Civil Veterinary Dept. Bombay admin report 1907-1913 - 1907-1913
Year: 1907
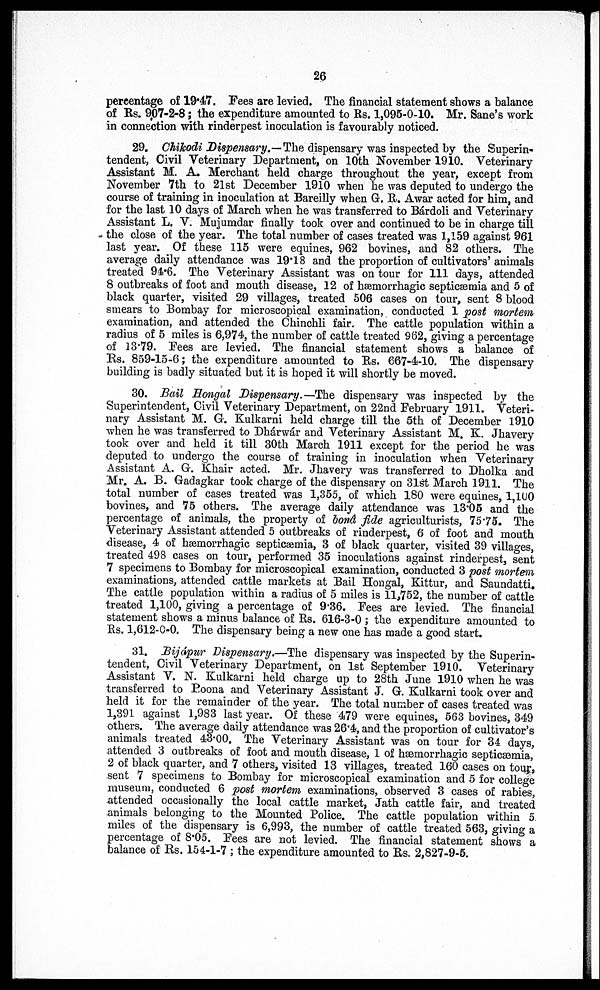
26
percentage of 19.47. Fees are levied. The financial statement shows a balance
of Rs. 907-2-8; the expenditure amounted to Rs. 1,095-0-10. Mr. Sane's work
in connection with rinderpest inoculation is favourably noticed.
29. Chikodi Dispensary.—The dispensary was inspected by the Superin-
tendent, Civil Veterinary Department, on 10th November 1910. Veterinary
Assistant M. A. Merchant held charge throughout the year, except from
November 7th to 21st December 1910 when he was deputed to undergo the
course of training in inoculation at Bareilly when G. R. Awar acted for him, and
for the last 10 days of March when he was transferred to Bárdoli and Veterinary
Assistant L. V. Mujumdar finally took over and continued to be in charge till
the close of the year. The total number of cases treated was 1,159 against 961
last year. Of these 115 were equines, 962 bovines, and 82 others. The
average daily attendance was 19.18 and the proportion of cultivators' animals
treated 94.6. The Veterinary Assistant was on tour for 111 days, attended
8 outbreaks of foot and mouth disease, 12 of hæmorrhagic septicæmia and 5 of
black quarter, visited 29 villages, treated 506 cases on tour, sent 8 blood
smears to Bombay for microscopical examination, conducted 1 post mortem
examination, and attended the Chinchli fair. The cattle population within a
radius of 5 miles is 6,974, the number of cattle treated 962, giving a percentage
of 13.79. Fees are levied. The financial statement shows a balance of
Rs. 859-15-6; the expenditure amounted to Rs. 667-4-10. The dispensary
building is badly situated but it is hoped it will shortly be moved.
30. Bail Hongal Dispensary.—The dispensary was inspected by the
Superintendent, Civil Veterinary Department, on 22nd February 1911. Veteri-
nary Assistant M. G. Kulkarni held charge till the 5th of December 1910
when he was transferred to Dhárwár and Veterinary Assistant M. K. Jhavery
took over and held it till 30th March 1911 except for the period he was
deputed to undergo the course of training in inoculation when Veterinary
Assistant A. G. Khair acted. Mr. Jhavery was transferred to Dholka and
Mr. A. B. Gadagkar took charge of the dispensary on 31st March 1911. The
total number of cases treated was 1,355, of which 180 were equines, 1,100
bovines, and 75 others. The average daily attendance was 13.05 and the
percentage of animals, the property of bond fide agriculturists, 75.75. The
Veterinary Assistant attended 5 outbreaks of rinderpest, 6 of foot and mouth
disease, 4 of hæmorrhagic septicæmia, 3 of black quarter, visited 39 villages,
treated 498 cases on tour, performed 35 inoculations against rinderpest, sent
7 specimens to Bombay for microscopical examination, conducted 3 post mortem
examinations, attended cattle markets at Bail Hongal, Kittur, and Saundatti.
The cattle population within a radius of 5 miles is 11,752, the number of cattle
treated 1,100, giving a percentage of 9.36. Fees are levied. The financial
statement shows a minus balance of Rs. 616-3-0 ; the expenditure amounted to
Rs. 1,612-0-0. The dispensary being a new one has made a good start.
31. Bijápur Dispensary.—The dispensary was inspected by the Superin-
tendent, Civil Veterinary Department, on 1st September 1910. Veterinary
Assistant V. N. Kulkarni held charge up to 28th June 1910 when he was
transferred to Poona and Veterinary Assistant J. G. Kulkarni took over and
held it for the remainder of the year. The total number of cases treated was
1,391 against 1,983 last year. Of these 479 were equines, 563 bovines, 349
others. The average daily attendance was 26.4, and the proportion of cultivator's
animals treated 43.00. The Veterinary Assistant was on tour for 34 days,
attended 3 outbreaks of foot and mouth disease, 1 of hæmorrhagic septicæmia,
2 of black quarter, and 7 others, visited 13 villages, treated 160 cases on tour,
sent 7 specimens to Bombay for microscopical examination and 5 for college
museum, conducted 6 post mortem examinations, observed 3 cases of rabies,
attended occasionally the local cattle market, Jath cattle fair, and treated
animals belonging to the Mounted Police. The cattle population within 5
miles of the dispensary is 6,993, the number of cattle treated 563, giving a
percentage of 8.05. Fees are not levied. The financial statement shows a
balance of Rs. 154-1-7 ; the expenditure amounted to Rs. 2,827-9-5.